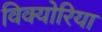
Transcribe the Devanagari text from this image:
विक्योरिया